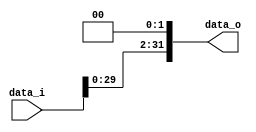

module Shift_Left_Two_32(
    data_i,
    data_o
    );

//I/O ports
input [32-1:0] data_i;
output [32-1:0] data_o;
assign data_o=data_i<<2;

endmodule